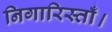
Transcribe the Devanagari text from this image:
निगारिस्ताँ।